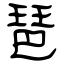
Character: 琶